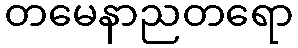
တမေနာညတရော